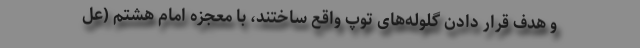
و هدف قرار دادن گلوله‌های توپ واقع ساختند، با معجزه امام هشتم (عل